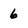
Character: 6